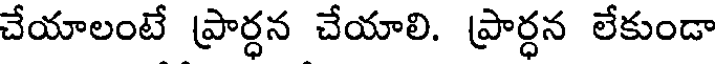
చేయాలంటే ప్రార్ధన చేయాలి. ప్రార్ధన లేకుండా